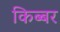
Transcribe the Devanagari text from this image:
किब्‍बर